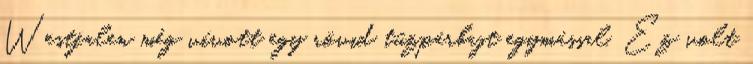
Westfalen még vívott egy rövid tűzpárbajt egymással. Ez volt